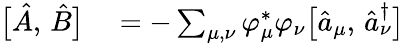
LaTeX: \begin{array}{rl}{\bigl[\hat{A},\, \hat{B}\bigr]}&{{}=-\sum_{\mu,\nu}\varphi_{\mu}^{*}\varphi_{\nu}\bigl[\hat{a}_{\mu},\, \hat{a}_{\nu}^{\dagger}\bigr]}\end{array}